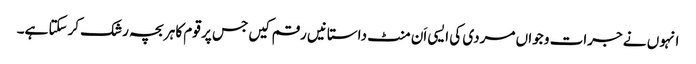
انہوں نے جرات و جواں مردی کی ایسی اَن منٹ داستانیں رقم کیں جس پر قوم کا ہر بچہ رشک کرسکتا ہے۔